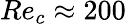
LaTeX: Re_{c}\approx 200